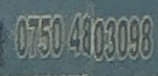
0750 4803098